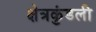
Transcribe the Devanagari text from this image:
क्षेत्रकुंडली